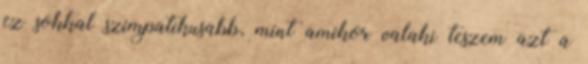
ez sokkal szimpatikusabb, mint amikor valaki teszem azt a